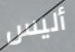
أليس